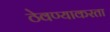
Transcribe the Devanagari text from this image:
ठेवण्याकरता